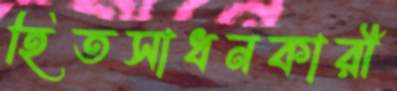
হিতসাধনকারী